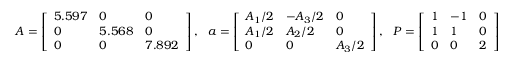
A = \left[ \begin{array} { l l l } { 5 . 5 9 7 } & { 0 } & { 0 } \\ { 0 } & { 5 . 5 6 8 } & { 0 } \\ { 0 } & { 0 } & { 7 . 8 9 2 } \end{array} \right] , ~ ~ a = \left[ \begin{array} { l l l } { A _ { 1 } / 2 } & { - A _ { 3 } / 2 } & { 0 } \\ { A _ { 1 } / 2 } & { A _ { 2 } / 2 } & { 0 } \\ { 0 } & { 0 } & { A _ { 3 } / 2 } \end{array} \right] , ~ ~ P = \left[ \begin{array} { l l l } { 1 } & { - 1 } & { 0 } \\ { 1 } & { 1 } & { 0 } \\ { 0 } & { 0 } & { 2 } \end{array} \right]